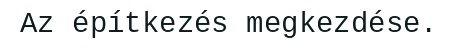
Az építkezés megkezdése.